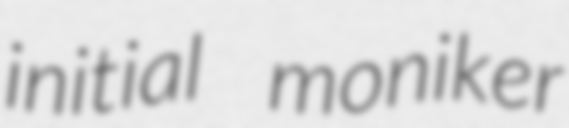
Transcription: initial moniker